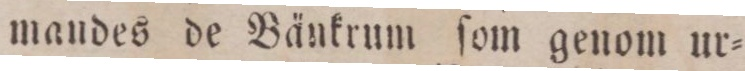
mandes de Bänkrum ſom genom ur=